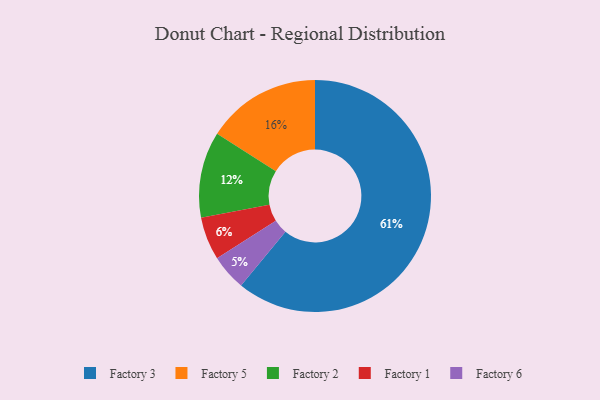
{"axis": {"x": "Category", "y": "Percentage"}, "legend": ["Factory 1", "Factory 2", "Factory 3", "Factory 5", "Factory 6"], "data": [{"x": "Factory 3", "y": 61, "type": "Factory 3"}, {"x": "Factory 5", "y": 16, "type": "Factory 5"}, {"x": "Factory 1", "y": 6, "type": "Factory 1"}, {"x": "Factory 6", "y": 5, "type": "Factory 6"}, {"x": "Factory 2", "y": 12, "type": "Factory 2"}]}